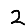
Digit: 2